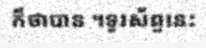
ក៏ថាបាន ។ទូរស័ព្ទនេះ